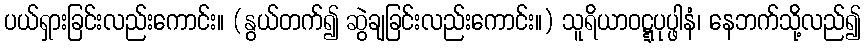
ပယ်ရှားခြင်းလည်းကောင်း။ (နွယ်တက်၍ ဆွဲချခြင်းလည်းကောင်း။) သူရိယာဝဋ္ဋပုပ္ဖါနံ၊ နေဘက်သို့လည်၍